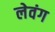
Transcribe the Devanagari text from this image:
लेवंग